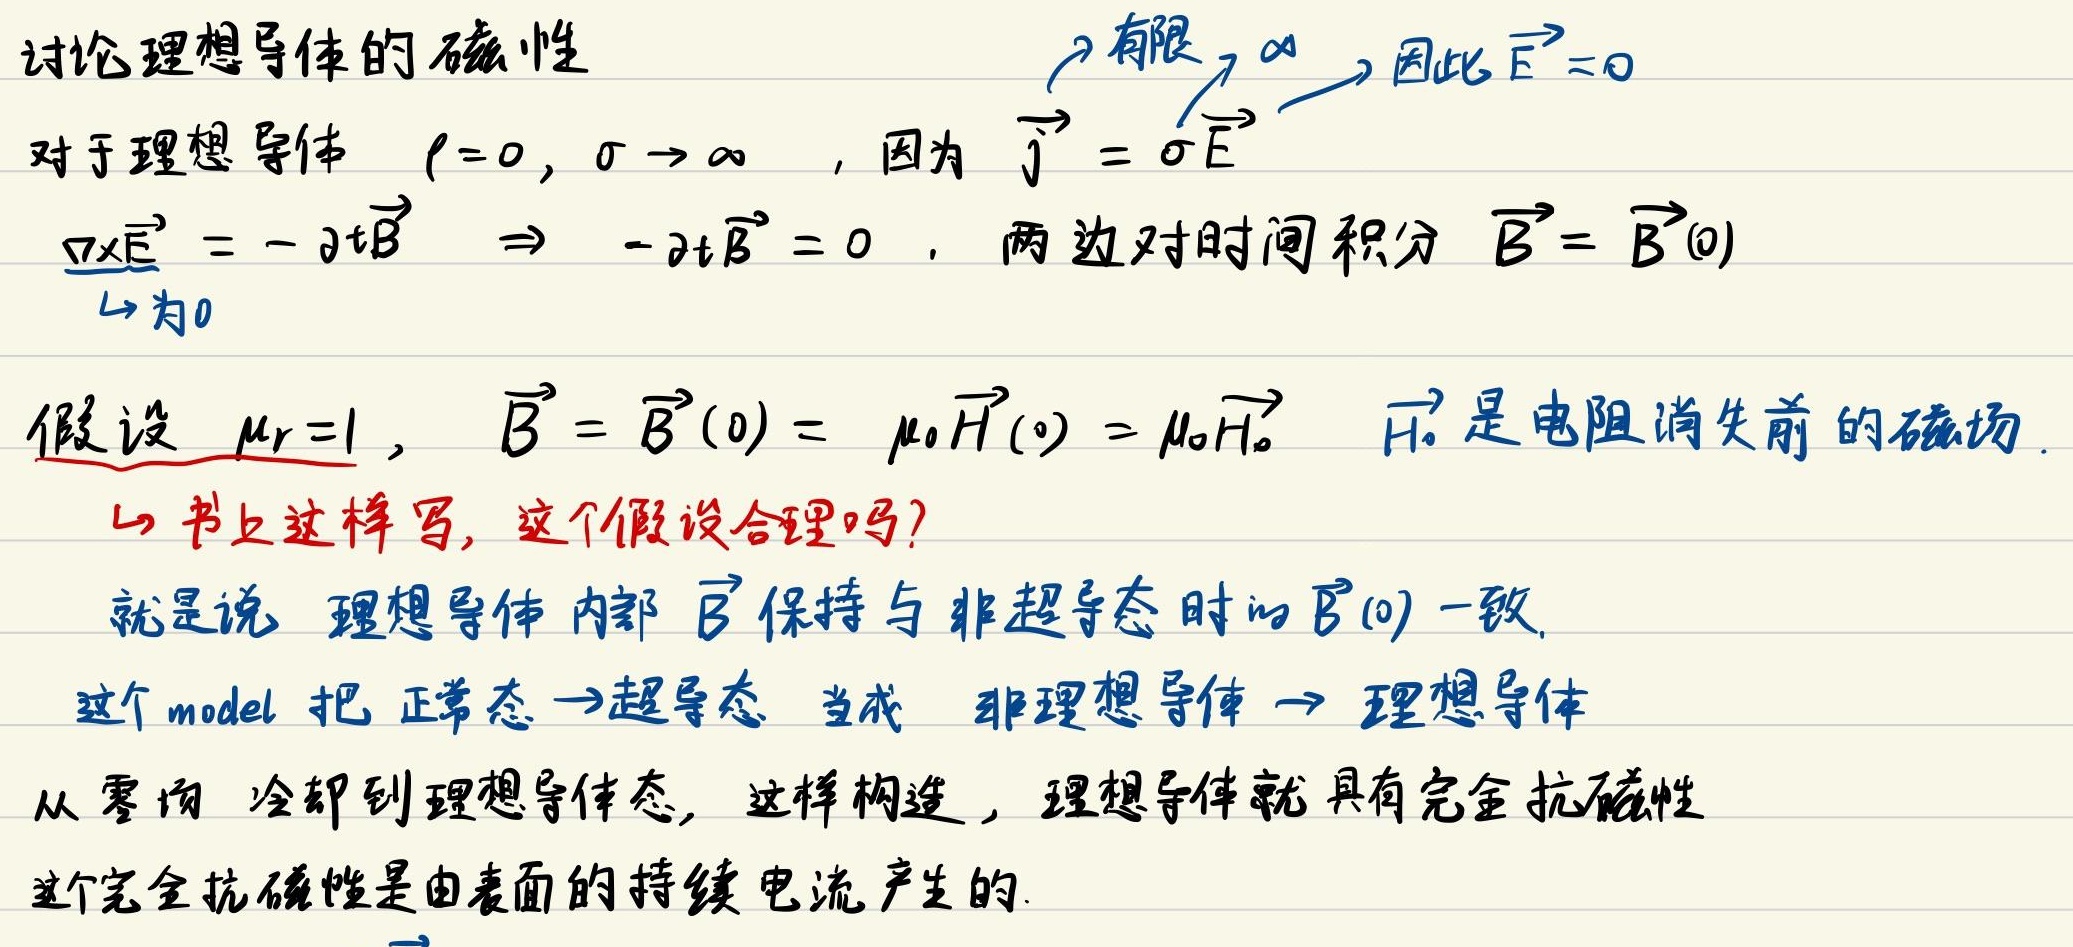
讨论理想导体的磁性
有限，$\alpha$ 因此$\vec{E} = 0$
对于理想导体 $\rho=0,\sigma\rightarrow\infty$，因为 $\vec{j}=\sigma\vec{E}$
$\nabla\times\vec{E}=-\partial_t\vec{B}\Rightarrow-\partial_t\vec{B} = 0$，两边对时间积分 $\vec{B}=\vec{B}(0)$
$\downarrow$为0
假设 $\mu_r = 1$，$\vec{B}=\vec{B}(0)=\mu_0\vec{H}(0)=\mu_0\vec{H}_0$ $\vec{H}_0$ 是电阻消失前的磁场.
$\downarrow$书上这样写, 这个假设合理吗?
就是说 理想导体 内部 $\vec{B}$ 保持与非超导态时的 $\vec{B}(0)$ 一致.
这个model 把 正常态$\rightarrow$超导态 当成 非理想导体$\rightarrow$理想导体
从零场 冷却到理想导体态, 这样构造 , 理想导体就具有完全抗磁性
这个完全抗磁性是由表面的持续电流产生的.